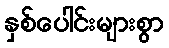
နှစ်ပေါင်းများစွာ